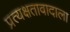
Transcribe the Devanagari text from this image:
प्रत्यक्षतावादाला